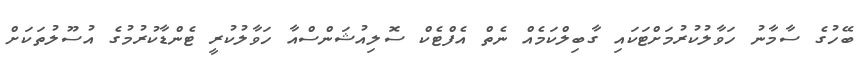
ބޭހުގެ ސާމާނު ހަވާލުކުރުމަށްޓަކައި ގާބިލްކަމެއް ނެތް އެފްޓެކް ސޮލިއުޝަންސްއާ ހަވާލުކުރީ ޓެންޑާކުރުމުގެ އުސޫލުތަކަށް